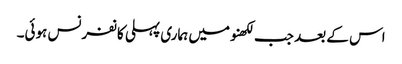
اس کے بعد جب لکھنومیں ہماری پہلی کانفرنس ہوئی۔